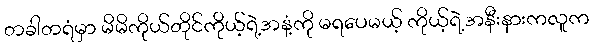
တခါတရံမှာ မိမိကိုယ်တိုင်ကိုယ့်ရဲ့အနံ့ကို မရပေမယ့် ကိုယ့်ရဲ့အနီးနားကလူက